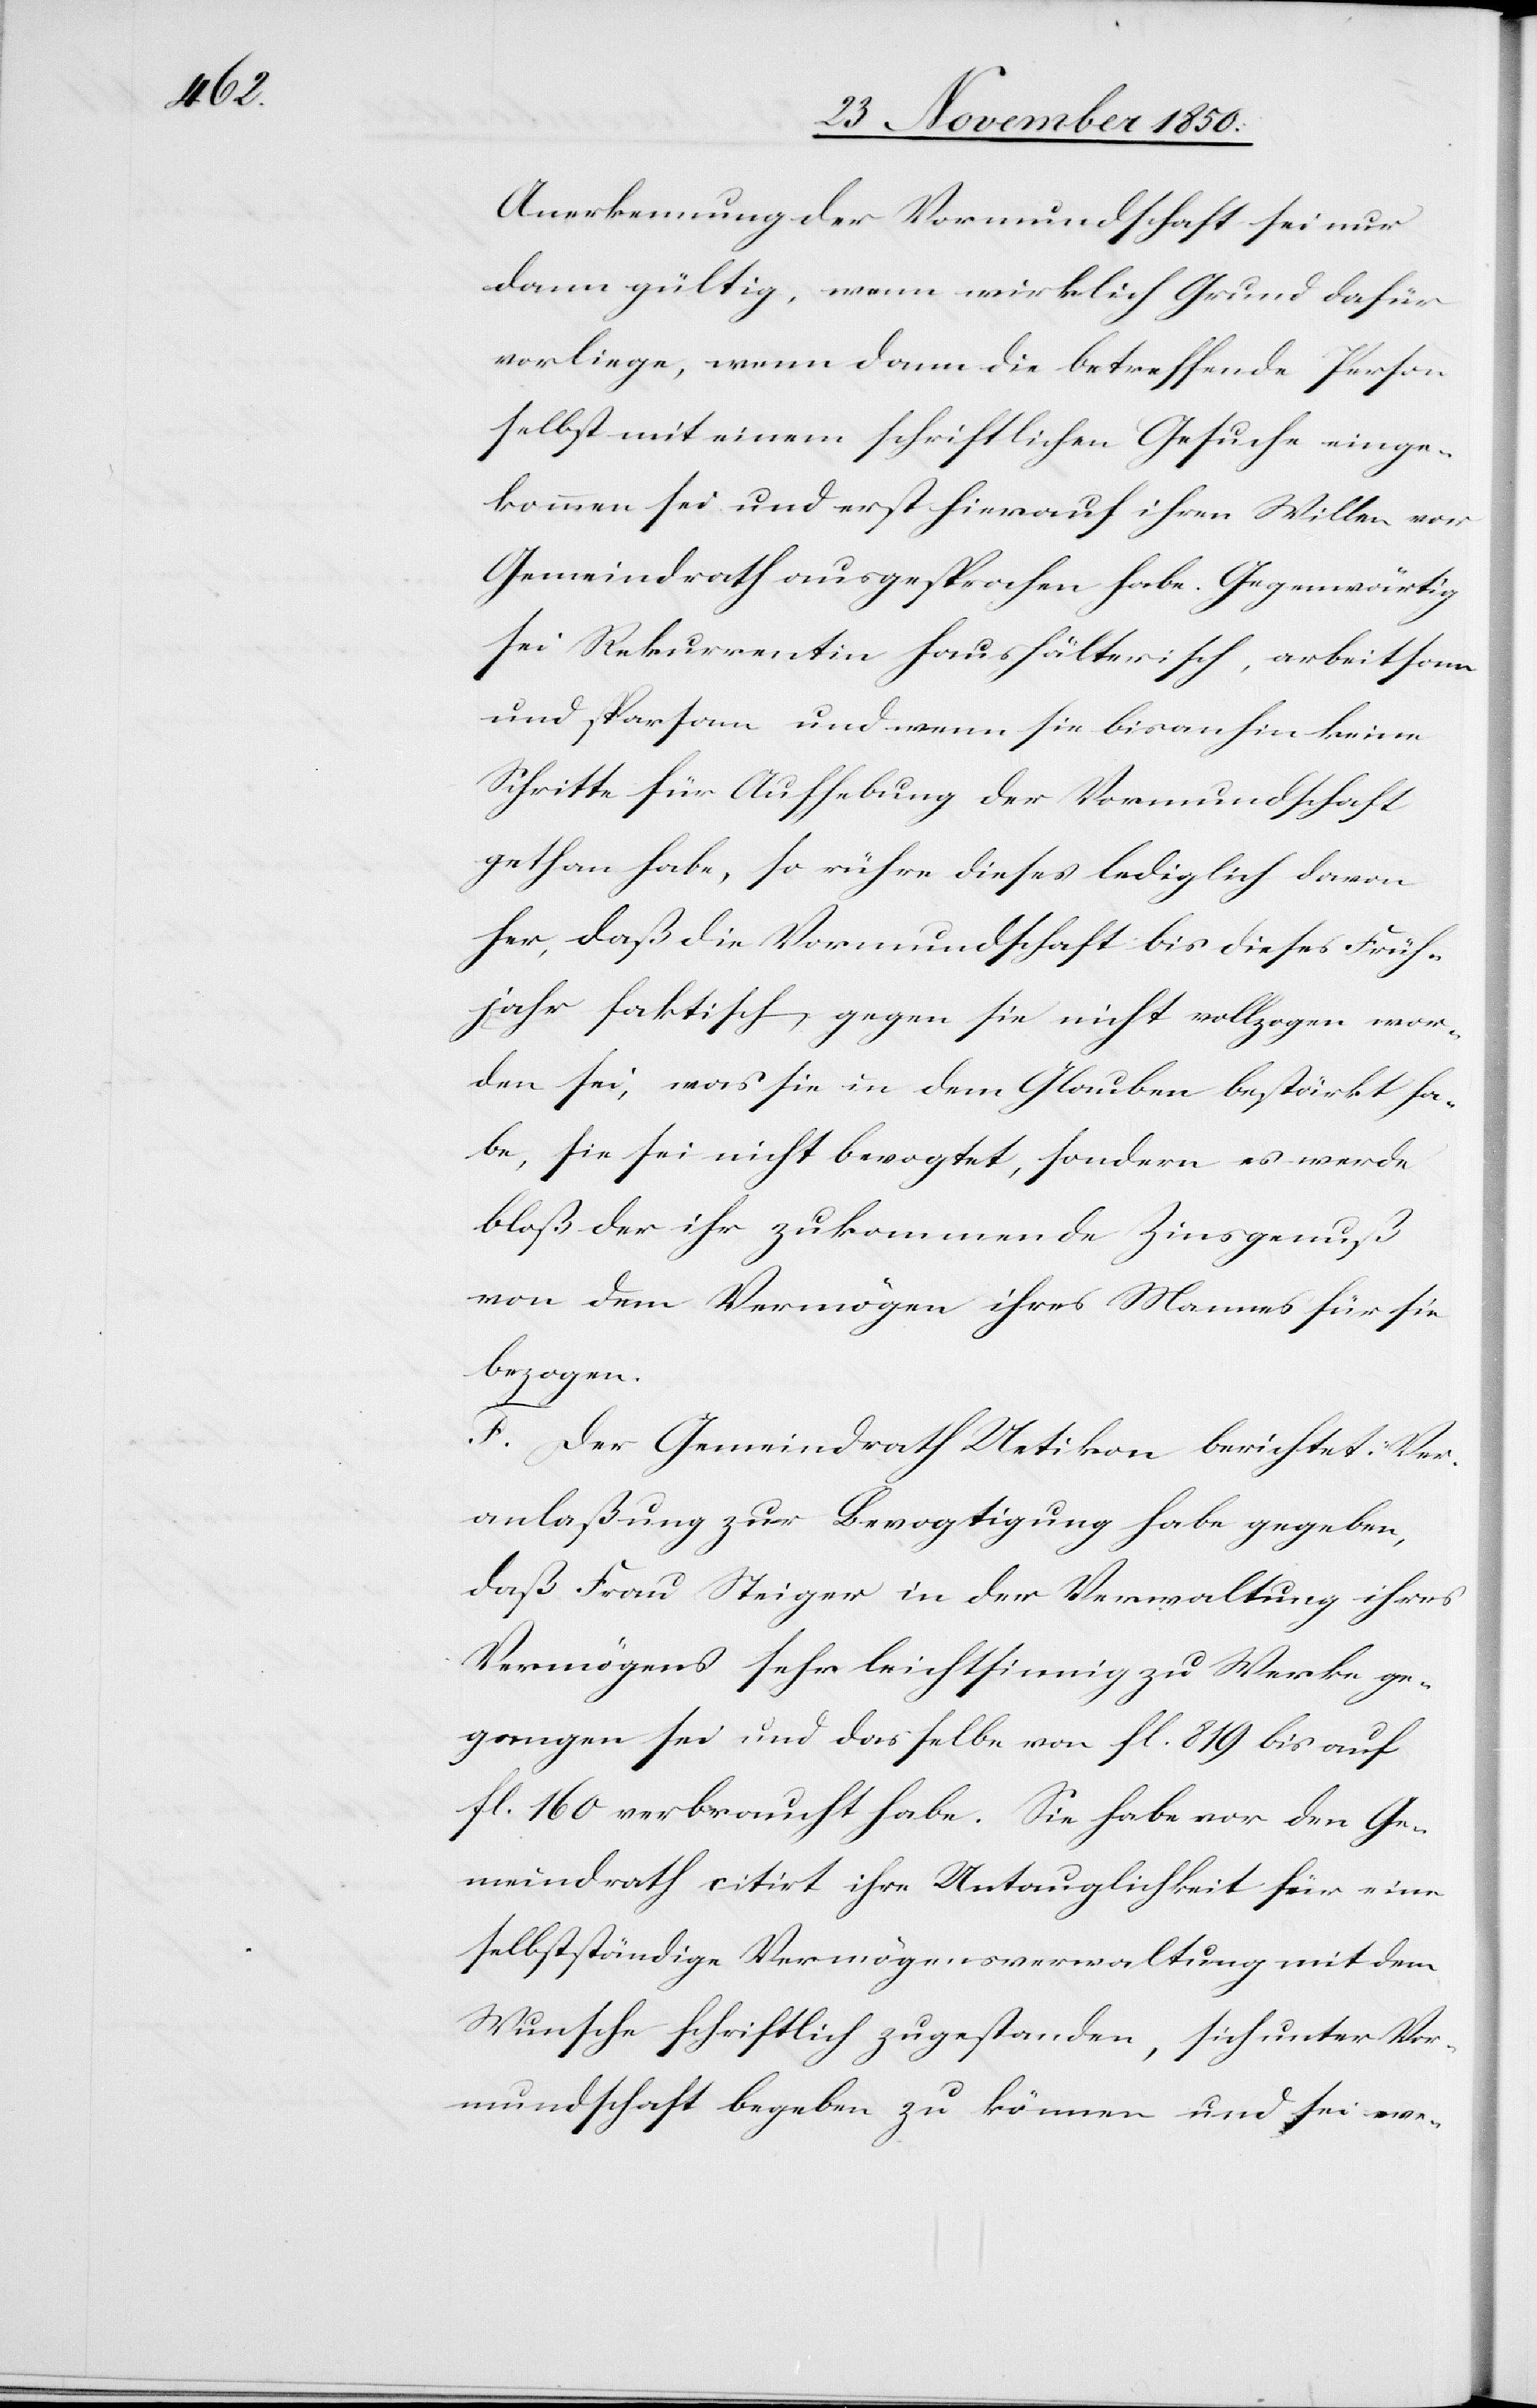
Anerkennung der Vormundschaft sei nur
dann gültig, wenn wirklich Grund dafür
vorliege, wenn dann die betreffende Person
selbst mit einem schriftlichen Gesuche einge¬
kommen sei und erst hierauf ihren Willen vor
Gemeindrath ausgesprochen habe. Gegenwärtig
sei Rekurrentin haushälterisch, arbeitsam
und sparsam und wenn sie bisanhin keine
Schritte für Aufhebung der Vormundschaft
gethan habe, so rühre dieses lediglich davon
her, daß die Vormundschaft bis dieses Früh¬
jahr faktisch gegen sie nicht vollzogen wor¬
den sei, was sie in dem Glauben bestärkt ha¬
be, sie sei nicht bevogtet, sondern es werde
bloß der ihr zukommende Zinsgenuß
von dem Vermögen ihres Mannes für sie
bezogen.
F. Der Gemeindrath Uetikon berichtet, Ver¬
anlaßung zur Bevogtigung habe gegeben,
daß Frau Steiger in der Verwaltung ihres
Vermögens sehr leichtsinnig zu Werke ge¬
gangen sei und dasselbe von fl. 819 bis auf
fl. 160 verbraucht habe. Sie habe vor den Ge¬
meindrath citirt ihre Untauglichkeit für eine
selbstständige Vermögensverwaltung mit dem
Wunsche schriftlich zugestanden, sich unter Vor¬
mundschaft begeben zu können und sei we-